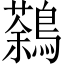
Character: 鷋